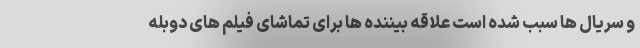
و سریال ها سبب شده است علاقه بیننده ها برای تماشای فیلم های دوبله